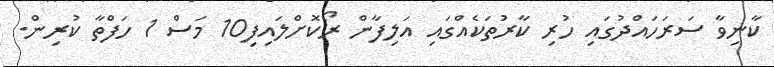
ކާނިވާ ސަރަހައްދުގައި ހުރި ކާރުތަކެއްގައި އަލިފާން ރޯކޮށްލައިފި10 މަސް 1 ހަފްތާ ކުރިން.